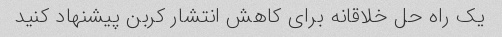
یک راه حل خلاقانه برای کاهش انتشار کربن پیشنهاد کنید